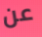
عن